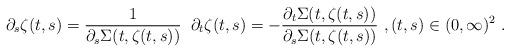
LaTeX: \begin{align*}\partial_s \zeta(t,s) = \frac{1}{\partial_s \Sigma(t,\zeta(t,s))} \;\; \partial_t \zeta(t,s) = - \frac{\partial_t \Sigma(t,\zeta(t,s))}{\partial_s \Sigma(t,\zeta(t,s))}\ , (t,s)\in (0,\infty)^2\ . \end{align*}